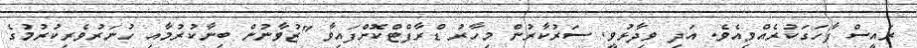
ރައީސް ފާހަގަކުރެއްވިއެވެ. އަދި ވިދާޅުވީ